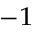
^ { - 1 }